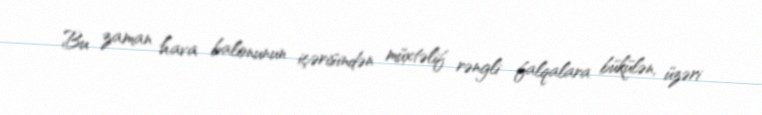
Bu zaman hava balonunun içərisindən müxtəlif rəngli falqalara bükülən, üzəri